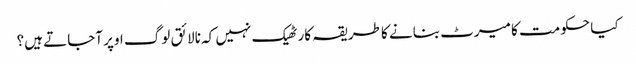
کیا حکومت کا میرٹ بنانے کا طریقہ کار ٹھیک نہیں کہ نالائق لوگ اوپر آجاتے ہیں؟